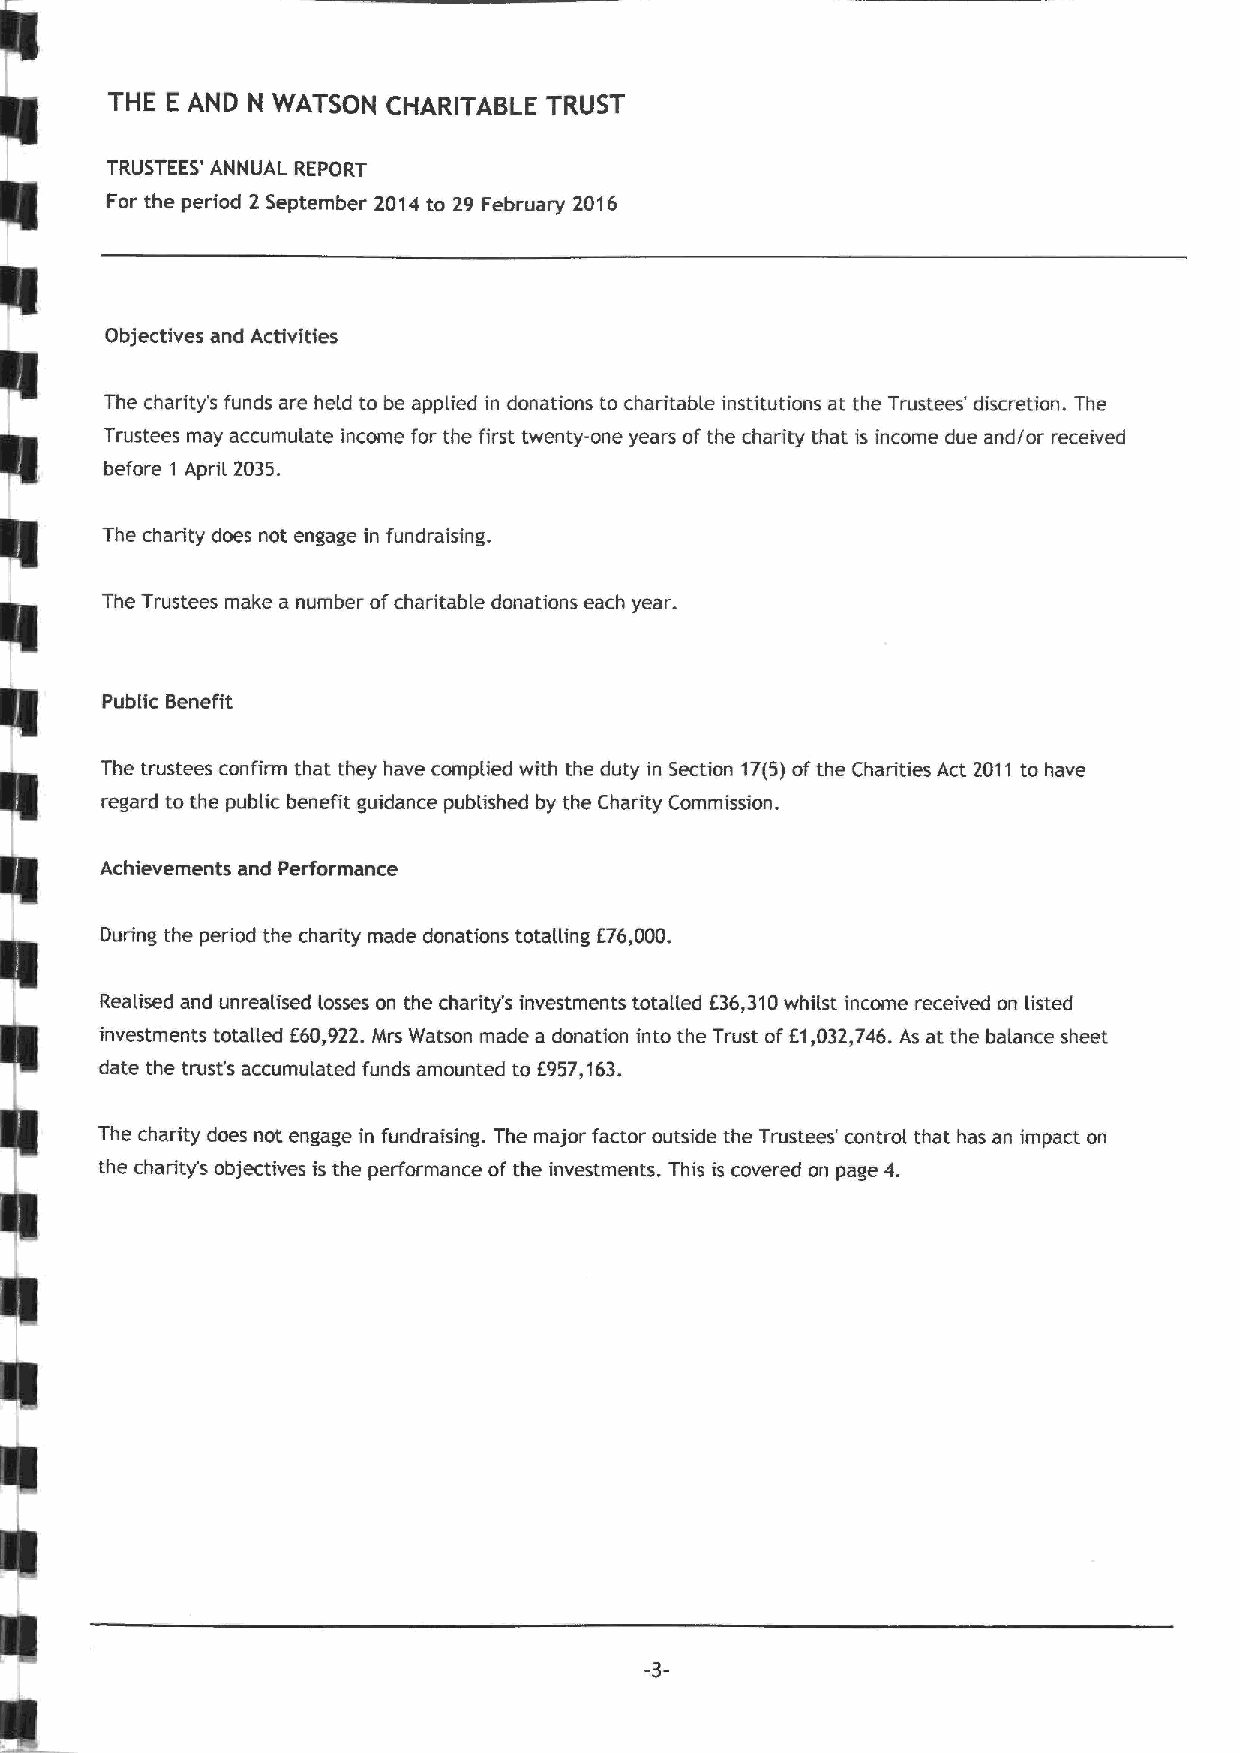
THE E AND N WATSON CHARITABLE TRUST
 TRUSTEES' ANNUAL REPORT
 For the period 2 September 2014to 29 February 2016
 Objectives and Activities
 The charity's funds are held to be applied in donations to charitable institutions at the Trustees' discretion. The
 Trustees may accumulate income for the first twenty-one years ofthe charity that is income due and/or received
 before 1 April 2035.
 The charity does not engage in fundraising.
 The Trustees make a number ofcharitable donations each year.
 Public Benefit
 The trustees confirm that they have complied with the duty in Section 17(5)ofthe Charities Act 2011 to have
 regard to the public benefit guidance published by the Charity Commission.
 Achievements and Performance
 Ouring the period the charity made donations totalling E76,000.
 Realised and unrealised losses on the charity's investments totalled f36,310whilst income received on listed
 investments totalled E60,922.Mrs Watson made a donation into the Trust ofE1,032,746.As at the balance sheet
 date the trust's accumulated funds amounted to f957,163.
 The charity does not engage in fundraising. The major factor outside the Trustees' control that has an impact on
 the charity's objectives is the performance ofthe investments. This is covered on page 4.